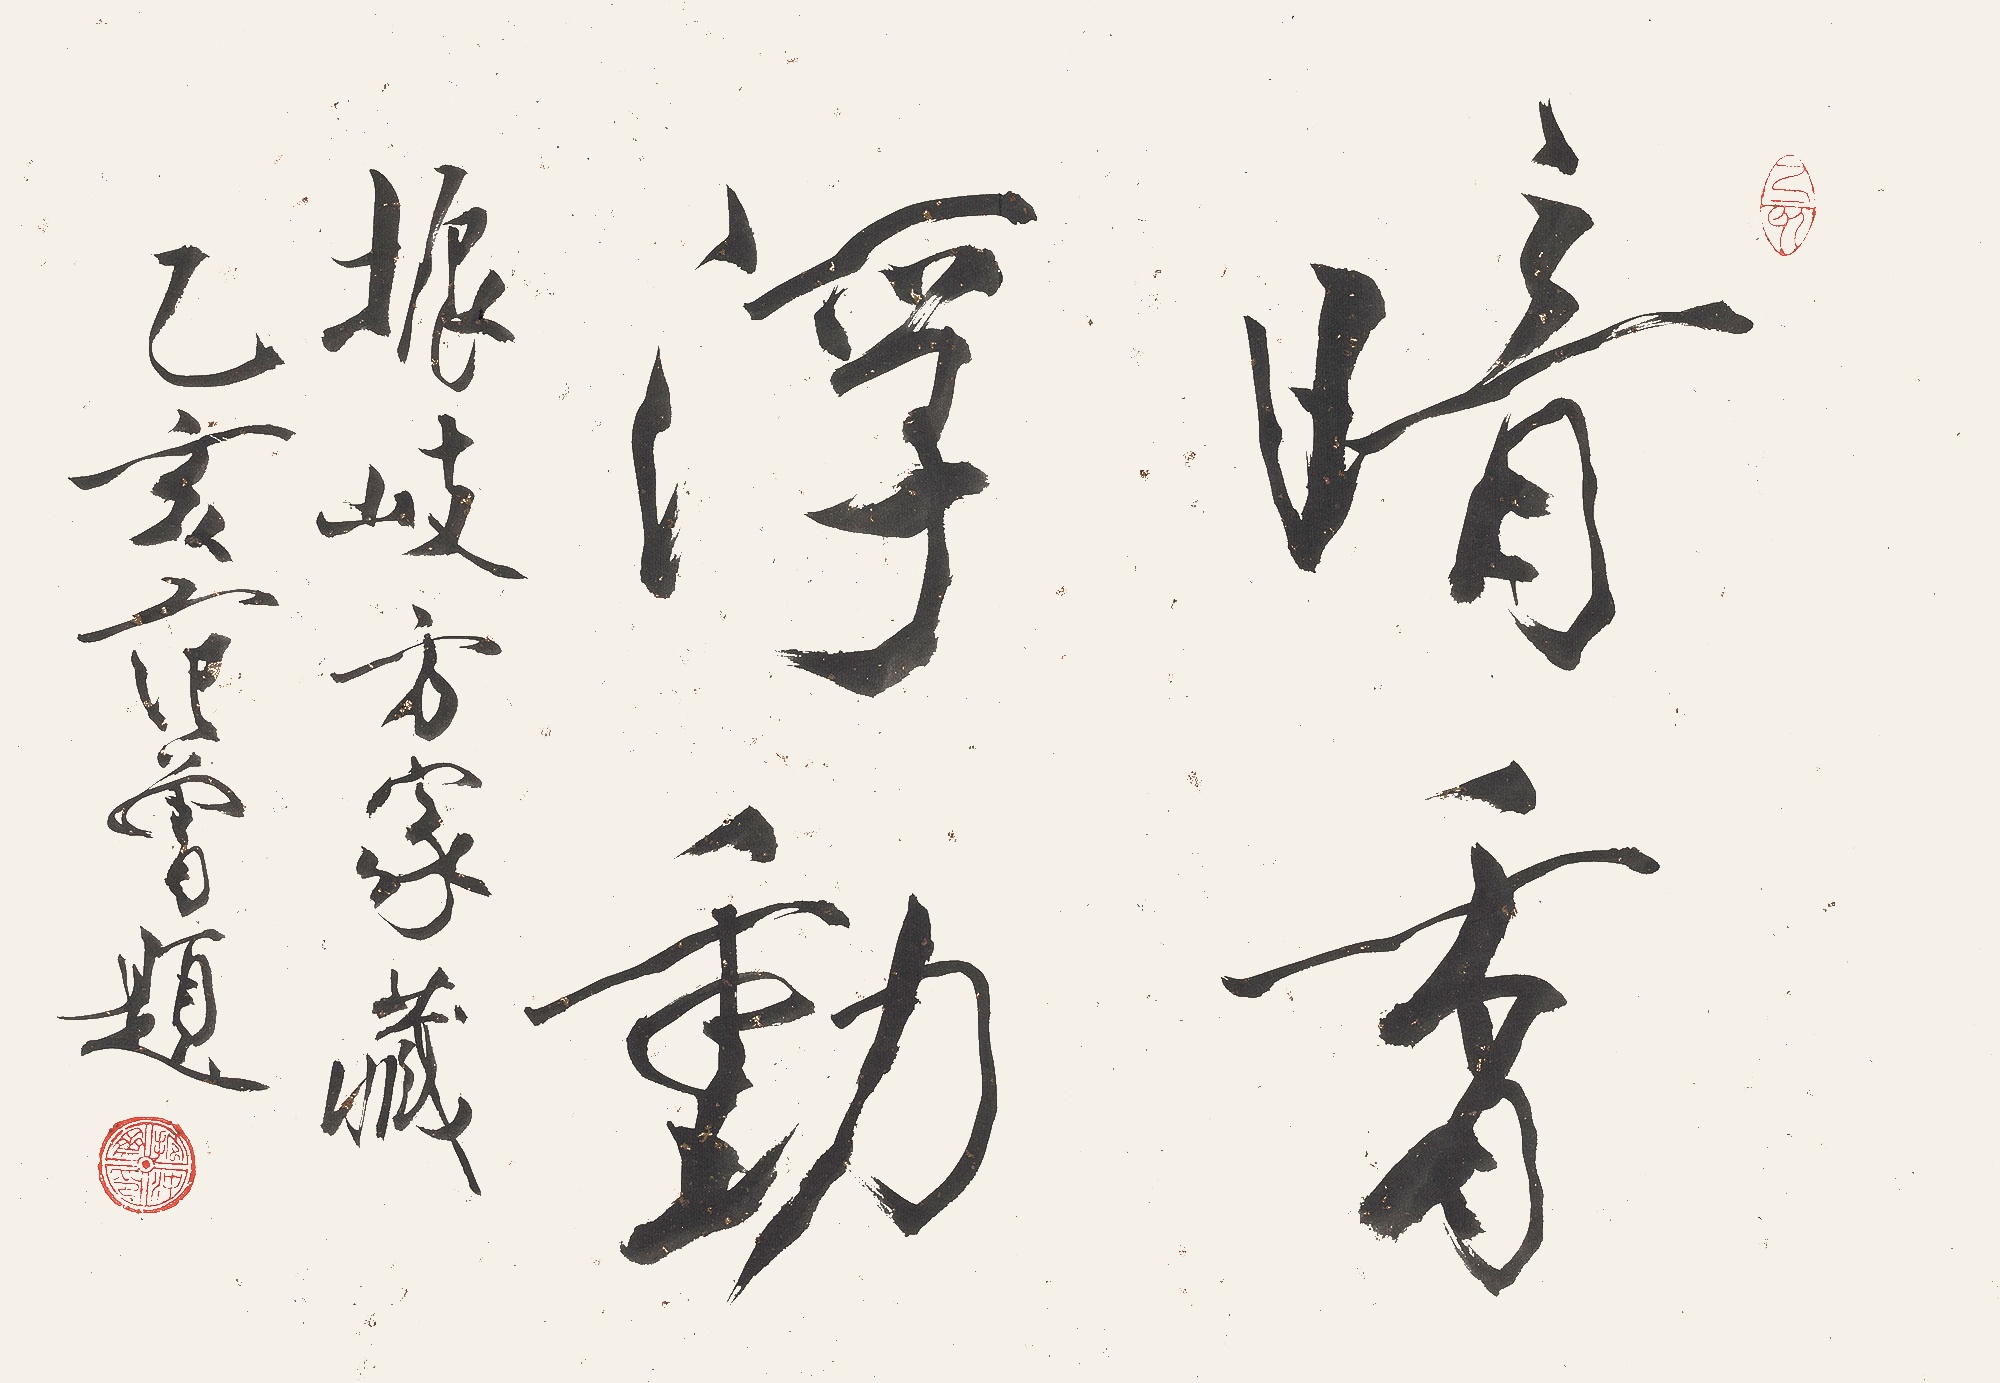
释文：暗香浮动振岐方家藏。乙亥范曾题。